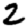
Digit: 2